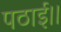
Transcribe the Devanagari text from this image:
पठाई।।